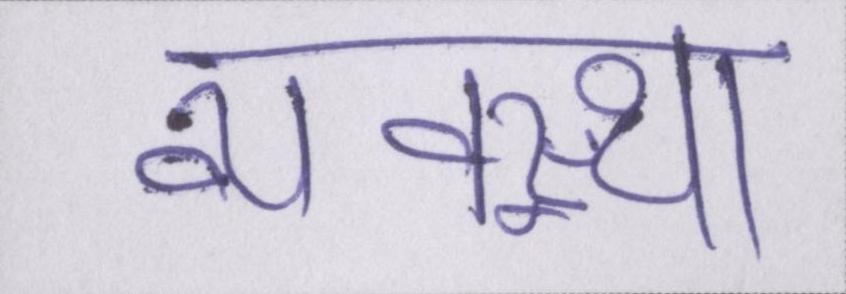
व्यवस्था